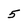
Character: 5